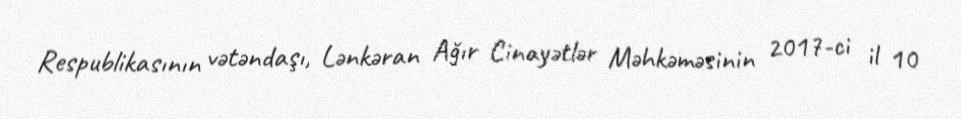
Respublikasının vətəndaşı, Lənkəran Ağır Cinayətlər Məhkəməsinin 2017-ci il 10